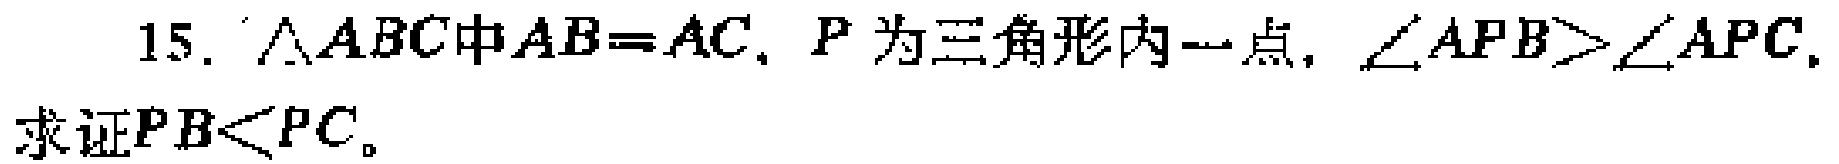
15. $\triangle ABC$中$AB = AC$, $P$为三角形内一点, $\angle APB>\angle APC$, 求证$PB<PC$。